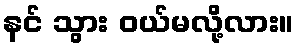
နင် သွား ဝယ်မလို့လား။